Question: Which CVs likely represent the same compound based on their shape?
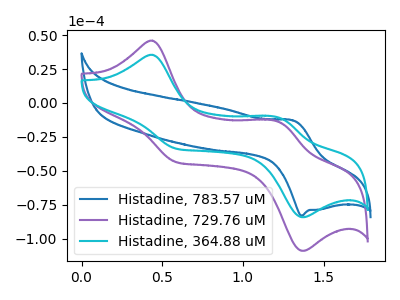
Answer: <think>The blue curve "Histadine, 783.57 uM" has an anodic peak at (1.30V, -12.80uA) and a cathodic peak at (1.35V, -83.05uA). The purple curve "Histadine, 729.76 uM" has anodic peaks at (0.45V, 45.85uA) (1.25V, -14.35uA) and cathodic peaks at (0.60V, -43.50uA) (1.35V, -108.75uA). The cyan curve "Histadine, 364.88 uM" has anodic peaks at (0.45V, 35.40uA) (1.25V, -11.10uA) and cathodic peaks at (0.60V, -33.60uA) (1.35V, -84.00uA).
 "Histadine, 783.57 uM" and "Histadine, 729.76 uM" have a different number of peaks. "Histadine, 783.57 uM" and "Histadine, 364.88 uM" have a different number of peaks. All the peaks in "Histadine, 729.76 uM" have a peak in "Histadine, 364.88 uM" at the same potential.</think>
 <answer>"Histadine, 364.88 uM" and "Histadine, 729.76 uM" have the same shape and are likely CV's of the same chemical.</answer>
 <eval>"Histadine, 364.88 uM" "Histadine, 729.76 uM"</eval>